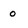
Character: o